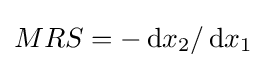
MRS=-\operatorname {d} \!x_{2}/\operatorname {d} \!x_{1}